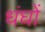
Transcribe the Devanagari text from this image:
धंघों